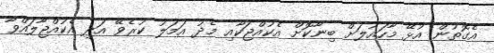
އެގޮތުން އުޅޭ މާހައުލަށް ބިނާކޮށް އެކުއްޖަކާއި މެދު އަމަލު ކުރެވޭ އަދި އެކުއްޖާލައްވާ